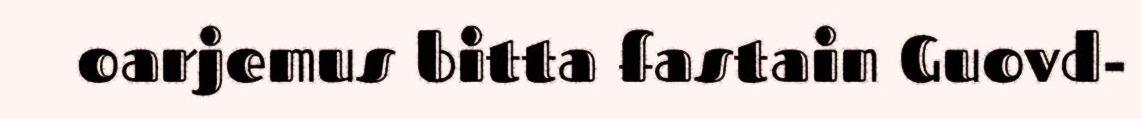
oarjemus bitta fastain Guovd-